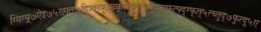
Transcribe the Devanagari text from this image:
ग्यिग्य्र्७ऐइ७५ख्फ्त्७दित्र्क्य्फ्फ्र्य्र्क्च्त्क्दुत्फ्दुय्फ्य्फुत्फ्द्ग्फ्त्५त्च्तुद्७फुत्दु५ए